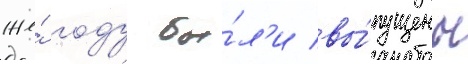
же́ году бы́л'и вы́пущены